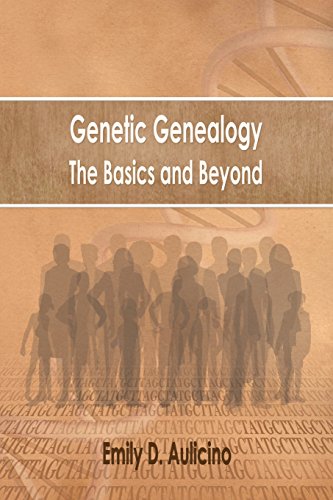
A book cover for Genetic Genealogy: The Basics and Beyond; Emily D. Aulicino; Medical Books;